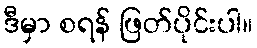
ဒီမှာ စရန် ဖြတ်ပိုင်းပါ။